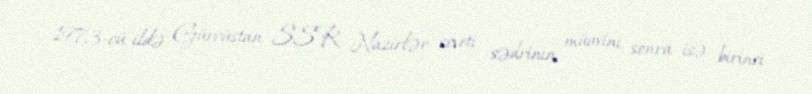
1973-cü ildə Gürcüstan SSR Nazirlər soveti sədrinin müavini, sonra isə birinci